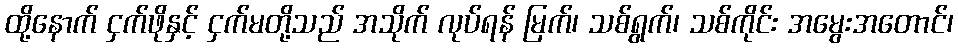
ထို့နောက် ငှက်ဖိုနှင့် ငှက်မတို့သည် အသိုက် လုပ်ရန် မြက်၊ သစ်ရွက်၊ သစ်ကိုင်း အမွေးအတောင်၊